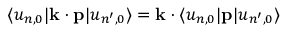
\langle u _ { n , 0 } | \mathbf { k } \cdot \mathbf { p } | u _ { n ^ { \prime } , 0 } \rangle = \mathbf { k } \cdot \langle u _ { n , 0 } | \mathbf { p } | u _ { n ^ { \prime } , 0 } \rangle